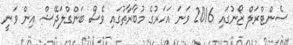
ސެންޓްރަލް ޒޯނުގައި 2016 ވަނަ އަހަރުގެ މުބާރާތުގައި ވެސް ބަންގްލަދޭޝް އިން ވަނީ